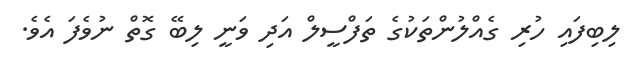
ލިބިފައި ހުރި ގެއްލުންތަކުގެ ތަފްސީލް އަދި ވަނީ ލިބޭ ގޮތް ނުވެފަ އެވެ.